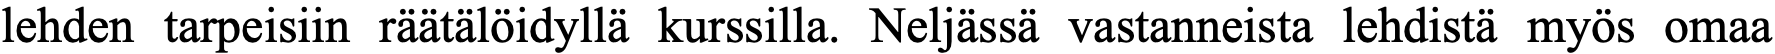
lehden tarpeisiin räätälöidyllä kurssilla. Neljässä vastanneista lehdistä myös omaa